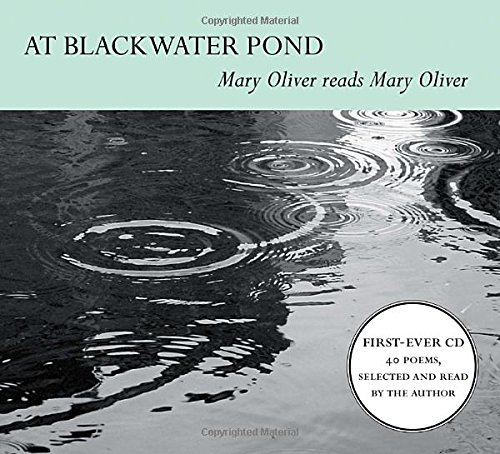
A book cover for At Blackwater Pond: Mary Oliver reads Mary Oliver; Mary Oliver; Literature & Fiction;